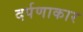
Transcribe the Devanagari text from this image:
दर्पणाकार